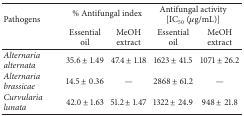
<table><thead><tr><td rowspan="2"><b>Pathogens</b></td><td colspan="2"><b>% Antifungal index</b></td><td colspan="2"><b>Antifungal activity [IC<sub>50</sub> (<i>μ</i>g/mL)]</b></td></tr><tr><td><b>Essential oil</b></td><td><b>MeOH extract</b></td><td><b>Essential oil</b></td><td><b>MeOH extract</b></td></tr></thead><tbody><tr><td><i>Alternaria alternata </i></td><td>35.6 ± 1.49</td><td>47.4 ± 1.18</td><td>1623 ± 41.5</td><td>1071 ± 26.2</td></tr><tr><td><i>Alternaria brassicae </i></td><td>14.5 ± 0.36</td><td>—</td><td>2868 ± 61.2</td><td>—</td></tr><tr><td><i>Curvularia lunata </i></td><td>42.0 ± 1.63</td><td>51.2 ± 1.47</td><td>1322 ± 24.9</td><td>948 ± 21.8</td></tr></tbody></table>